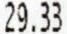
29.33